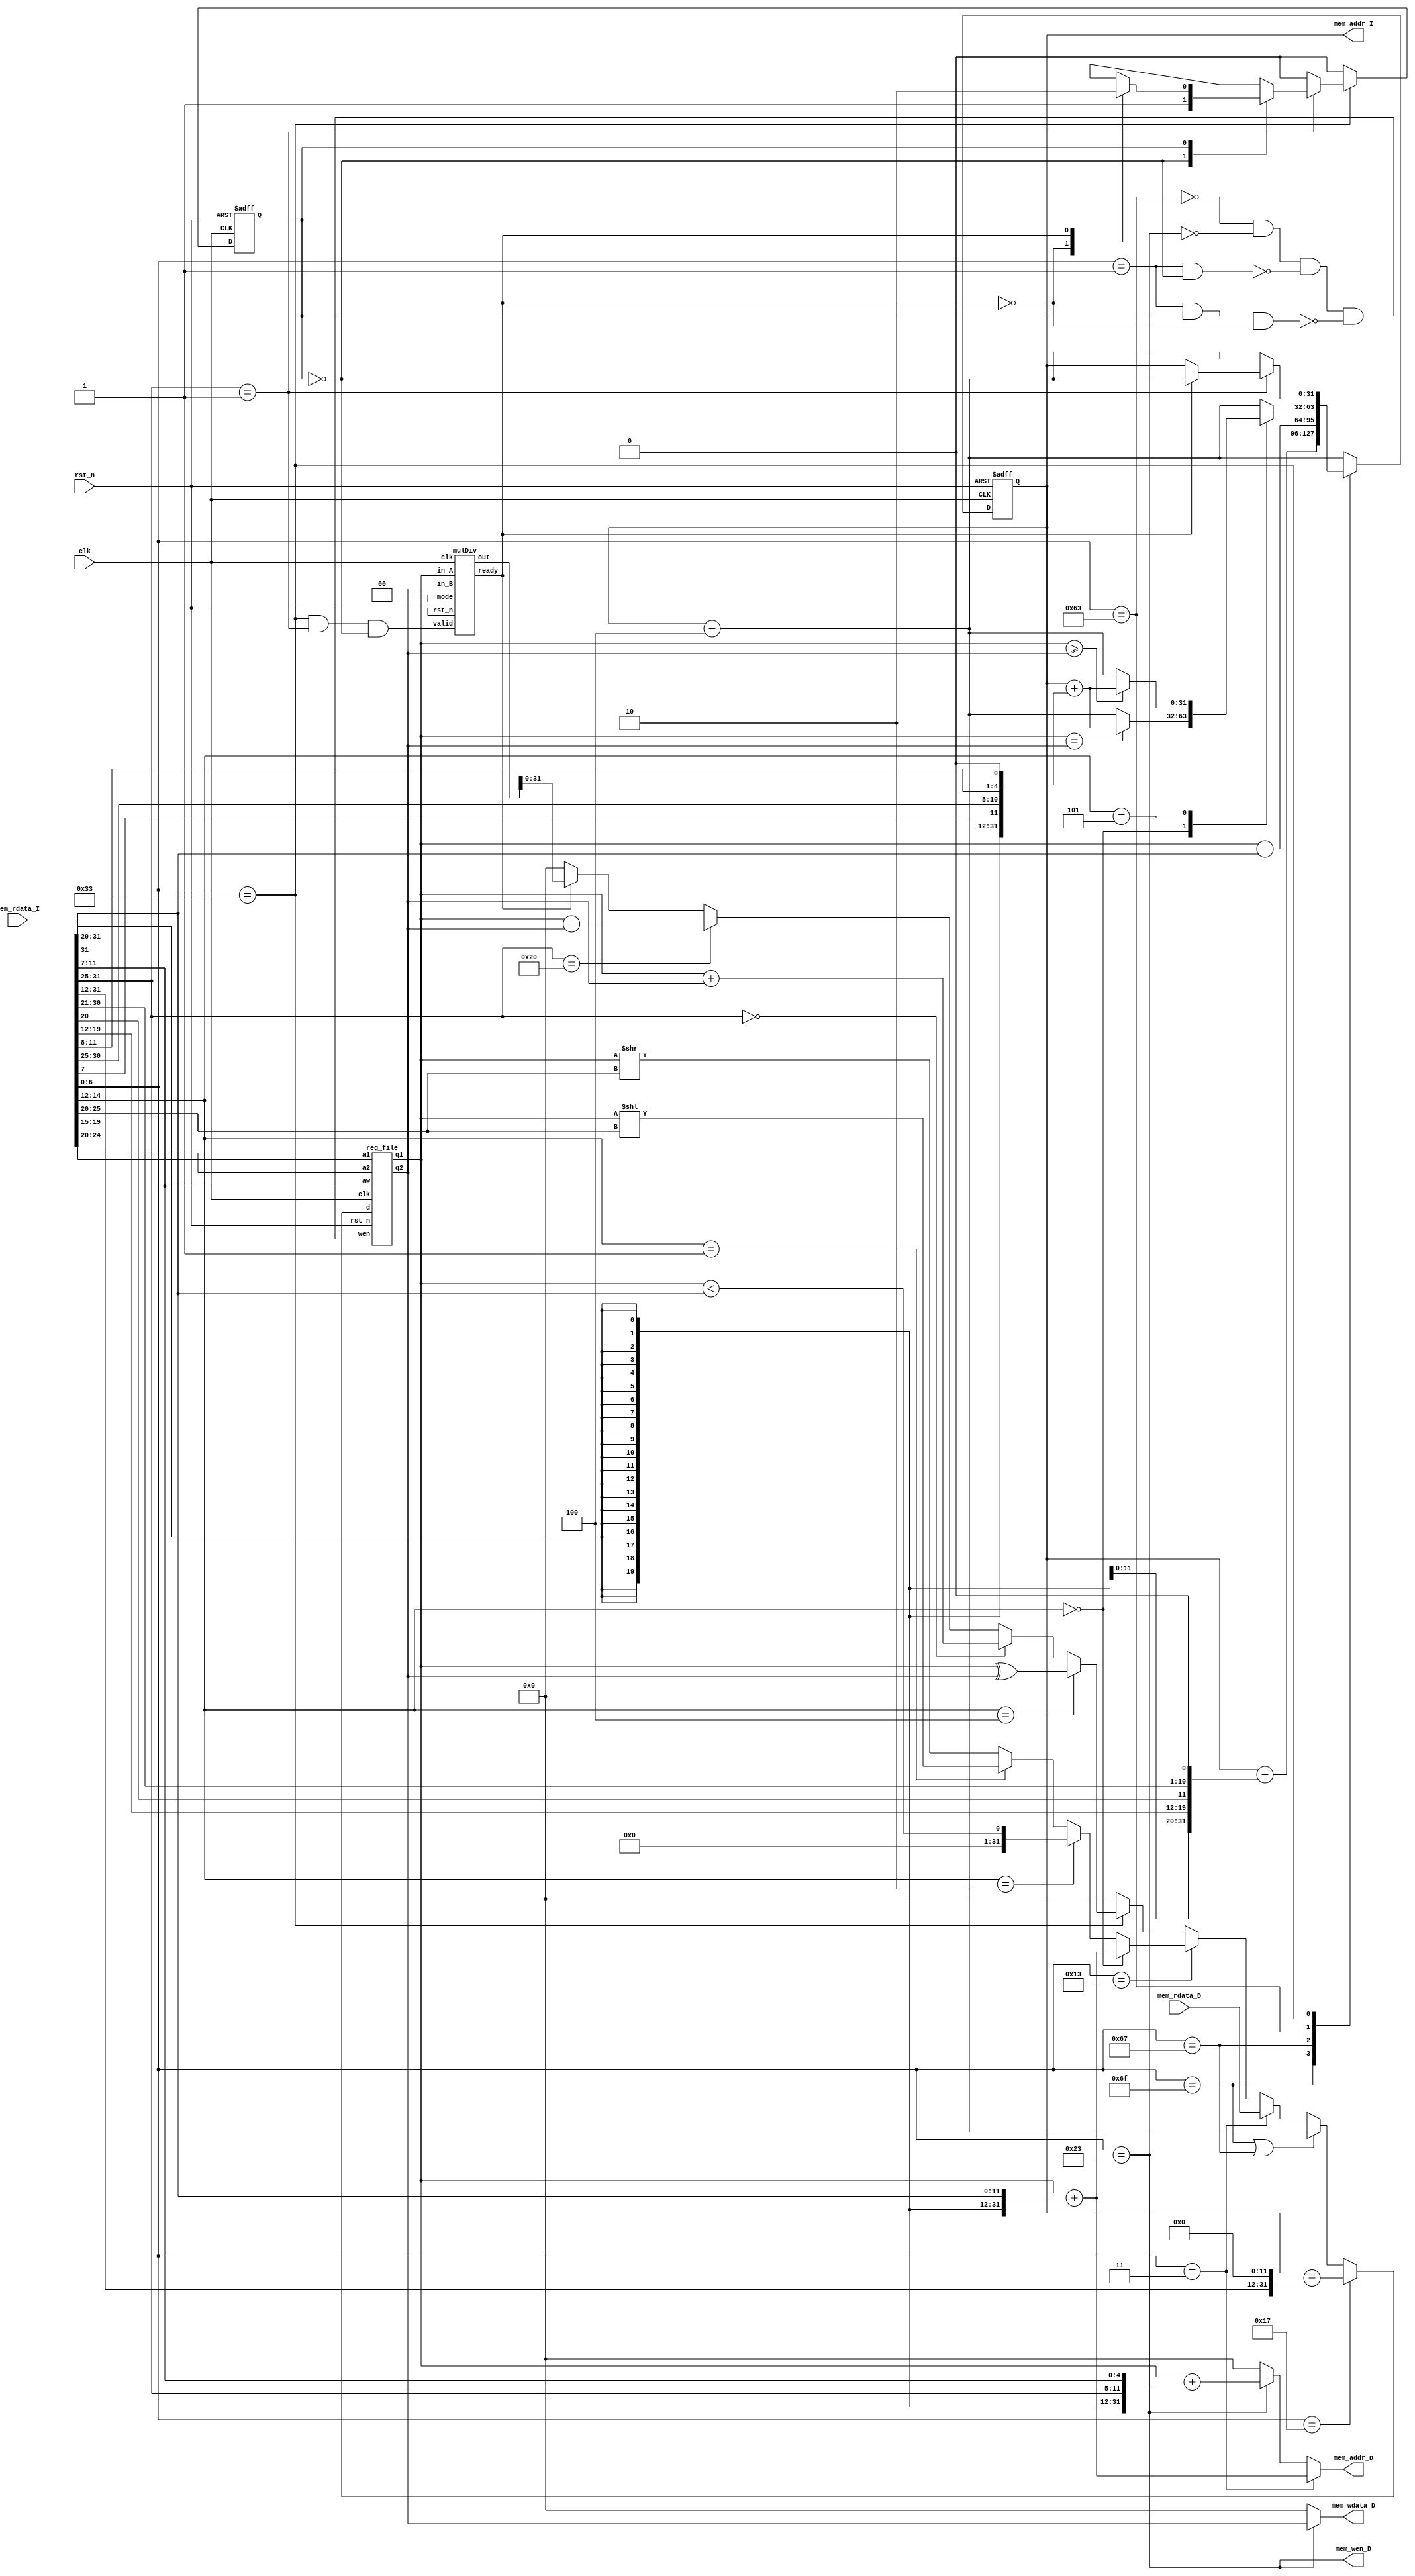
// Your code
module CHIP(clk,
            rst_n,
            // For mem_D
            mem_wen_D,
            mem_addr_D,
            mem_wdata_D,
            mem_rdata_D,
            // For mem_I
            mem_addr_I,
            mem_rdata_I);

    input         clk, rst_n ;
    // For mem_D
    output        mem_wen_D  ;
    output [31:0] mem_addr_D ;
    output [31:0] mem_wdata_D;
    input  [31:0] mem_rdata_D;
    // For mem_I
    output [31:0] mem_addr_I ;
    input  [31:0] mem_rdata_I;
    
    //---------------------------------------//
    // Do not modify this part!!!            //
    // Exception: You may change wire to reg //
    reg    [31:0] PC          ;              //
    reg    [31:0] PC_nxt      ;              //
    wire          regWrite    ;              //
    wire   [ 4:0] rs1, rs2, rd;              //
    wire   [31:0] rs1_data    ;              //
    wire   [31:0] rs2_data    ;              //
    wire   [31:0] rd_data     ;              //
    //---------------------------------------//

    // Todo: other wire/reg

    //---------------------------------------//
    // Do not modify this part!!!            //
    reg_file reg0(                           //
        .clk(clk),                           //
        .rst_n(rst_n),                       //
        .wen(regWrite),                      //
        .a1(rs1),                            //
        .a2(rs2),                            //
        .aw(rd),                             //
        .d(rd_data),                         //
        .q1(rs1_data),                       //
        .q2(rs2_data));                      //
    //---------------------------------------//

    // Todo: any combinational/sequential circuit
    wire [6:0] opcode;
    wire [2:0] func3;
    wire [6:0] func7;
    wire [5:0] shamt;
    wire [11:0] imm12, imm_branch, imm_sw;
    wire [19:0] imm20, imm_jal;

    // assign PC
    assign mem_addr_I = PC;

    // split the instruction into some parts that can be used
    assign opcode = mem_rdata_I[6:0];
    assign func3 = mem_rdata_I[14:12];
    assign func7 = mem_rdata_I[31:25];
    assign rd = mem_rdata_I[11:7];
    assign rs1 = mem_rdata_I[19:15];
    assign rs2 = mem_rdata_I[24:20];
    assign shamt = mem_rdata_I[25:20];
    assign imm12 = mem_rdata_I[31:20];
    assign imm_branch = {mem_rdata_I[31], mem_rdata_I[7], mem_rdata_I[30:25], mem_rdata_I[11:8]};
    assign imm_sw = {mem_rdata_I[31:25], mem_rdata_I[11:7]};
    assign imm20 = mem_rdata_I[31:12];
    assign imm_jal = {mem_rdata_I[31], mem_rdata_I[19:12], mem_rdata_I[20], mem_rdata_I[30:21]};
    
    // for alu
    reg alu_running, alu_running_nxt;
    wire mulDiv_valid;
    wire mulDiv_ready;
    wire [1:0] mulDiv_mode;
    assign mulDiv_mode = 2'd0; // set the mode to be mul
    wire [63:0] mulDiv_out;
    // ALU : mulDiv
    mulDiv alu(
        .clk(clk),
        .rst_n(rst_n),
        .valid(mulDiv_valid),
        .ready(mulDiv_ready),
        .mode(mulDiv_mode),  // need only mul mode
        .in_A(rs1_data),
        .in_B(rs2_data),
        .out(mulDiv_out)
    );

    // opcode parameter
    parameter auipc = 7'b0010111;
    parameter jal = 7'b1101111;
    parameter jalr = 7'b1100111;
    parameter branch = 7'b1100011; // beq, bge
    parameter lw = 7'b0000011;
    parameter sw = 7'b0100011;
    parameter i_type = 7'b0010011; // addi, slti, slli, srli
    parameter arith = 7'b0110011;  // add, sub, xor, mul
    // parameter for func3
    parameter beq = 3'b000;
    parameter bge = 3'b101;
    parameter addi = 3'b000;
    parameter slti = 3'b010;
    parameter slli = 3'b001;
    parameter srli = 3'b101;
    parameter xor3 = 3'b100;
    // parameter for func7
    parameter add = 7'b0000000; // equals to xor7
    parameter sub = 7'b0100000;
    parameter mul = 7'b0000001;

    // assign value to regWrite
    assign regWrite = !(opcode == branch)
                      && !(opcode == sw)
                      && !(opcode == mul && alu_running == 1'b0) 
                      && !(opcode == mul && alu_running == 1'b1 && mulDiv_ready == 1'b0);
    // assign value to mem_wen_D
    assign mem_wen_D = (opcode == sw);
    // assign value to mem_addr_D
    assign mem_addr_D = (opcode == lw) ? (rs1_data + {{20{imm12[11]}}, imm12}) :
                        (opcode == sw) ? (rs1_data + {{20{imm_sw[11]}}, imm_sw}) : 32'd0;
    // assign value to mem_wdata_D
    assign mem_wdata_D = (opcode == sw) ? rs2_data : 32'd0;
    // assign value for mulDiv_valid
    assign mulDiv_valid = (opcode == arith) && (func7 == mul) && (alu_running == 0);
    // assign value to rd_data
    assign rd_data  = (opcode == auipc) ? (PC + {imm20, {12'd0}}) :
                      (opcode == jal || opcode == jalr) ? (PC + 4) :
                      (opcode == lw) ? mem_rdata_D :
                      (opcode == i_type) ? ( (func3 == addi) ? (rs1_data + {{20{imm12[11]}}, imm12}) : ((func3 == slti) ? (rs1_data < imm12) :
                      ((func3 == slli) ? (rs1_data << shamt) : (rs1_data >> shamt))) ) :
                      (opcode == arith) ? ( (func3 == xor3) ? (rs1_data ^ rs2_data) : ((func7 == add) ? (rs1_data + rs2_data) :
                      ((func7 == sub) ? (rs1_data - rs2_data) : (mulDiv_ready == 1) ? mulDiv_out[31:0] : 32'd0)) ) : 32'd0;
    
    // combinational always block for PC
    always @(*) begin
        case(opcode)
            jal : PC_nxt = PC + {{11{imm_jal[19]}}, imm_jal, 1'd0};
            jalr : PC_nxt = rs1_data + imm12;
            branch : begin
                case(func3)
                    beq : PC_nxt = (rs1_data == rs2_data) ? (PC + {{19{imm_branch[11]}}, imm_branch, 1'd0}) : (PC + 4);
                    bge : PC_nxt = (rs1_data >= rs2_data) ? (PC + {{19{imm_branch[11]}}, imm_branch, 1'd0}) : (PC + 4);
                    default : PC_nxt = PC + 4;
                endcase
            end
            arith : begin
                case(func7)
                    mul : PC_nxt = (mulDiv_ready == 1) ? (PC + 4) : PC;
                    default : PC_nxt = PC + 4;
                endcase
            end
            default : PC_nxt = PC + 4;
        endcase
    end
    
    // combinational always block for alu_running
    always @(*) begin
        case(opcode)
            arith : begin
                case(func7)
                    mul : begin
                        case(alu_running)
                            1'b0 : alu_running_nxt = 1'b1;
                            1'b1 : begin
                                case(mulDiv_ready)
                                    1'b0 : alu_running_nxt = 1'b1;
                                    1'b1 : alu_running_nxt = 1'b0;
                                endcase
                            end 
                        endcase
                    end
                    default: alu_running_nxt = 1'b0;
                endcase
            end
            default : alu_running_nxt = 1'b0;
        endcase
    end

    always @(posedge clk or negedge rst_n) begin
        if (!rst_n) begin
            PC <= 32'h00010000; // Do not modify this value!!!
            alu_running <= 1'b0;
        end
        else begin
            PC <= PC_nxt;
            alu_running <= alu_running_nxt;
        end
    end
endmodule

module reg_file(clk, rst_n, wen, a1, a2, aw, d, q1, q2);

    parameter BITS = 32;
    parameter word_depth = 32;
    parameter addr_width = 5; // 2^addr_width >= word_depth

    input clk, rst_n, wen; // wen: 0:read | 1:write
    input [BITS-1:0] d;
    input [addr_width-1:0] a1, a2, aw;

    output [BITS-1:0] q1, q2;

    reg [BITS-1:0] mem [0:word_depth-1];
    reg [BITS-1:0] mem_nxt [0:word_depth-1];

    integer i;

    assign q1 = mem[a1];
    assign q2 = mem[a2];

    always @(*) begin
        for (i=0; i<word_depth; i=i+1)
            mem_nxt[i] = (wen && (aw == i)) ? d : mem[i];
    end

    always @(posedge clk or negedge rst_n) begin
        if (!rst_n) begin
            mem[0] <= 0;
            for (i=1; i<word_depth; i=i+1) begin
                case(i)
                    32'd2: mem[i] <= 32'hbffffff0;
                    32'd3: mem[i] <= 32'h10008000;
                    default: mem[i] <= 32'h0;
                endcase
            end
        end
        else begin
            mem[0] <= 0;
            for (i=1; i<word_depth; i=i+1)
                mem[i] <= mem_nxt[i];
        end
    end
endmodule

module mulDiv(clk, rst_n, valid, ready, mode, in_A, in_B, out);
    // Todo: your HW2
    // Definition of ports
    input         clk, rst_n;
    input         valid;
    input  [1:0]  mode; // mode: 0: mulu, 1: divu, 2: and, 3: avg
    output        ready;
    input  [31:0] in_A, in_B;
    output [63:0] out;

    // Definition of states
    parameter IDLE = 3'd0;
    parameter MUL  = 3'd1;
    parameter DIV  = 3'd2;
    parameter AND = 3'd3;
    parameter AVG = 3'd4;
    parameter OUT  = 3'd5;

    // Todo: Wire and reg if needed
    reg  [ 2:0] state, state_nxt;
    reg  [ 4:0] counter, counter_nxt;
    reg  [63:0] shreg, shreg_nxt;
    reg  [31:0] alu_in, alu_in_nxt;
    reg  [32:0] alu_out;

    // Todo: Instatiate any primitives if needed

    // Todo 5: Wire assignments
    assign ready = (state == OUT) ? 1 : 0;
    assign out = (state == OUT) ? shreg : 0;
    // Combinational always block
    // Todo 1: Next-state logic of state machine
    always @(*) begin
        case(state)
            IDLE: begin
                if (valid == 0) begin
                    state_nxt = IDLE;
                end
                else begin
                    case(mode)
                        2'd0 : state_nxt = MUL;
                        2'd1 : state_nxt = DIV;
                        2'd2 : state_nxt = AND;
                        2'd3 : state_nxt = AVG;
                    endcase
                end
            end
            MUL : begin
                state_nxt = (counter != 31) ? MUL : OUT;
            end
            DIV : begin
                state_nxt = (counter != 31) ? DIV : OUT;
            end
            AND : state_nxt = OUT;
            AVG : state_nxt = OUT;
            OUT : state_nxt = IDLE;
            default : state_nxt = IDLE;
        endcase
    end
    // Todo 2: Counter
    always @(*) begin
        case(state)
            MUL : counter_nxt = counter + 1;
            DIV : counter_nxt = counter + 1;
            default : counter_nxt = 5'd0;
        endcase
    end
    // ALU input
    always @(*) begin
        case(state)
            IDLE: begin
                if (valid) alu_in_nxt = in_B;
                else       alu_in_nxt = 0;
            end
            OUT : alu_in_nxt = 0;
            default: alu_in_nxt = alu_in;
        endcase
    end

    // Todo 3: ALU output
    always @(*) begin
        case(state)
            MUL : alu_out = shreg[0] ? alu_in : 0;
            DIV : alu_out = (shreg[62:31] >= alu_in) ? {1'b0, shreg[62:31] - alu_in} : {1'b0, shreg[62:31]};
            AND : alu_out = {1'b0, shreg[31:0] & alu_in};
            AVG : alu_out = (shreg[32:0] + alu_in) >> 1;
            default : alu_out = 0;
        endcase
    end
    // Todo 4: Shift register
    always @(*) begin
        case(state)
            IDLE: shreg_nxt = valid ? {32'd0, in_A} : 0;
            MUL : shreg_nxt = {1'b0, shreg[63:1]} + {alu_out[31:0], 31'd0};
            DIV : shreg_nxt = (shreg[62:31] >= alu_in) ? {alu_out[31:0], shreg[30:0], 1'b1} : {alu_out[31:0], shreg[30:0], 1'b0};
            AND : shreg_nxt = {32'd0, alu_out[31:0]};
            AVG : shreg_nxt = {32'd0, alu_out[31:0]};
            OUT : shreg_nxt = 0;
            default: shreg_nxt = shreg;
        endcase
    end
    // Todo: Sequential always block
    always @(posedge clk or negedge rst_n) begin
        if (!rst_n) begin
            state <= IDLE;
            counter <= 5'd0;
            alu_in <= 32'd0;
            shreg <= 64'd0;
        end
        else begin
            state <= state_nxt;
            counter <= counter_nxt;
            alu_in <= alu_in_nxt;
            shreg <= shreg_nxt;
        end
    end
endmodule